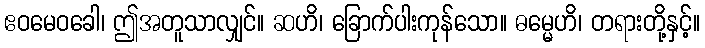
ဧဝမေဝခေါ၊ ဤအတူသာလျှင်။ ဆဟိ၊ ခြောက်ပါးကုန်သော။ ဓမ္မေဟိ၊ တရားတို့နှင့်။